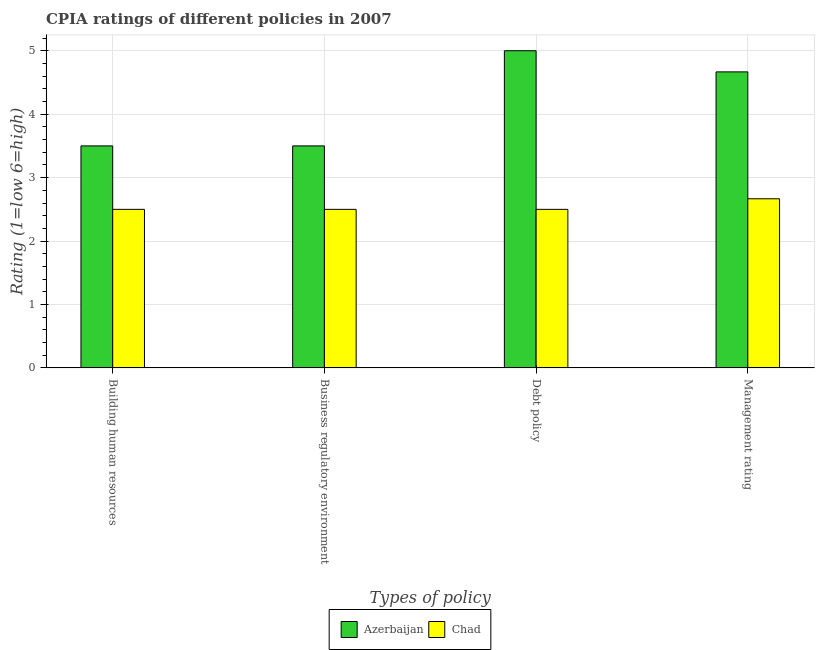
| Types of policy | Azerbaijan | Chad |
 | --- | --- | --- |
 | Building human resources | 3.5 | 2.5 |
 | Business regulatory environment | 3.5 | 2.5 |
 | Debt policy | 5 | 2.5 |
 | Management rating | 4.67 | 2.67 |